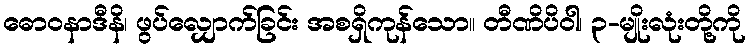
ဓောဝနာဒီနိ၊ ဖွပ်လျှောက်ခြင်း အစရှိကုန်သော။ တီဏိပိဝါ၊ ၃-မျိုးလုံးတို့ကို